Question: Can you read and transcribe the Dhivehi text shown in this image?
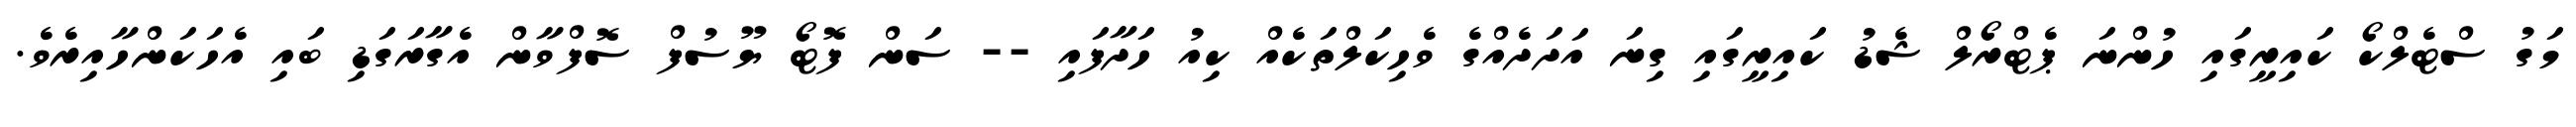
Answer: މަގު ސްޓެލްކޯ ކައިރީގައި ހުންނަ ޕެޓްރޯލް ޝެޑު ކައިރީގައި ގިނަ އަދަދެއްގެ ވެހިކަލްތަކެއް ކިއު ހަދާފައި -- ސަން ފޮޓޯ ޔޫސުފް ސޮފްވާން އެގާރަގަޑި ބައި އެހަކަންހާއިރެވެ.